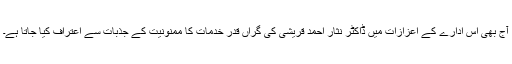
آج بھی اس ادارے کے اعزازات میں ڈاکٹر نثار احمد قریشی کی گراں قدر خدمات کا ممنونیت کے جذبات سے اعتراف کیا جاتا ہے۔